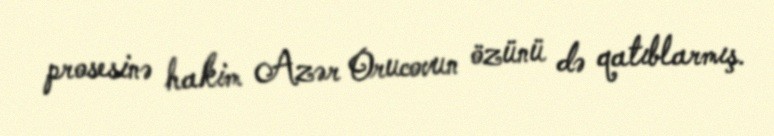
prosesinə hakim Azər Orucovun özünü də qatıblarmış.